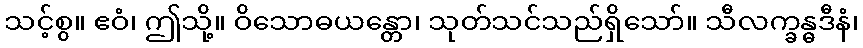
သင့်စွ။ ဧဝံ၊ ဤသို့။ ဝိသောဓယန္တော၊ သုတ်သင်သည်ရှိသော်။ သီလက္ခန္ဓဒီနံ၊